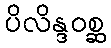
ပိလိန္ဒဝစ္ဆ